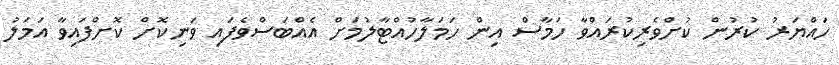
ހައްޔަރު ކުރުން ކުށްވެރިކުރައްވާ ހަމާސް އިން ހަމަލާހުއްޓާލުމަށް އެއްބަސްވެފައި ވަނިކޮށް ކޮށްފައިވާ އަމަލު